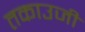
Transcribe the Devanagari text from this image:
तकाउजी